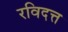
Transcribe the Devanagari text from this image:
रविदत्त